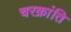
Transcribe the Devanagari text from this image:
चरक्रांति